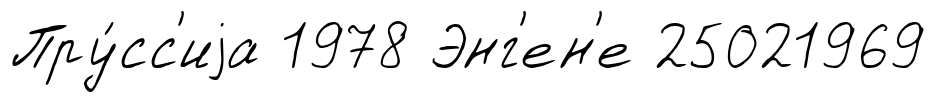
Пру́сс'иjа 1978 Энг'ен'е 25021969